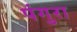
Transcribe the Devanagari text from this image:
पंगुरा